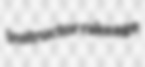
instructor rakeage